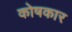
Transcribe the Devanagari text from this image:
काेषकार